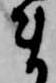
ま